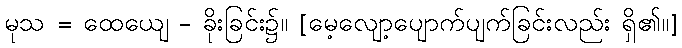
မုသ = ထေယျေ - ခိုးခြင်း၌။ [မေ့လျော့ပျောက်ပျက်ခြင်းလည်း ရှိ၏၊၊]